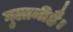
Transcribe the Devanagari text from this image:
गुलामीहै।